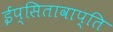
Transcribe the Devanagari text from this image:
ईप्सितावाप्ति